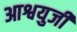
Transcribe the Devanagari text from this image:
आश्वयुजी